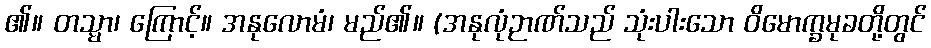
၏။ တသ္မာ၊ ကြောင့်။ အနုလောမံ၊ မည်၏။ (အနုလုံဉာဏ်သည် သုံးပါးသော ဝိမောက္ခမုခတို့တွင်